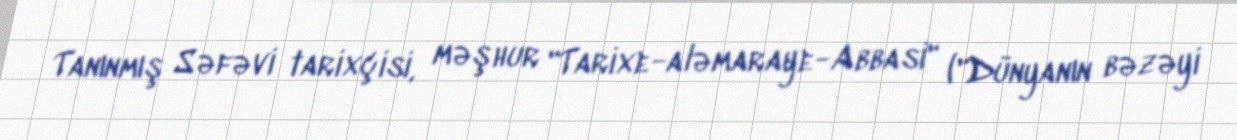
Tanınmış Səfəvi tarixçisi, məşhur "Tarixe-aləmaraye-Abbasi" ("Dünyanın bəzəyi